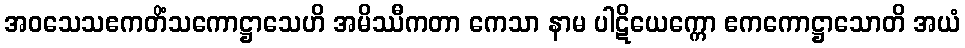
အဝသေသဧကတိံသကောဋ္ဌာသေဟိ အမိဿီကတာ ကေသာ နာမ ပါဋိယေက္ကော ဧကကောဋ္ဌာသောတိ အယံ